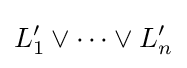
L_{1}'\lor \cdots \lor L_{n}'